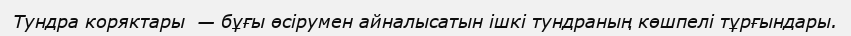
Тундра коряктары  — бұғы өсірумен айналысатын ішкі тундраның көшпелі тұрғындары.